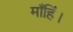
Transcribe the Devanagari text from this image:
माँहिं।